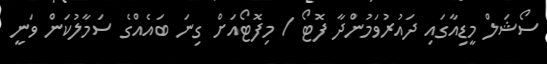
ސޯޝަލް މީޑިއާގައި ދައުރުވަމުންދާ ފޮޓޯ / މިފޮޓޯއަށް ގިނަ ބައެއްގެ ސަމާލުކަން ވަނީ